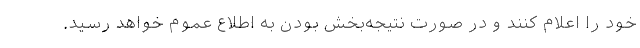
خود را اعلام کنند و در صورت نتیجه‌بخش بودن به اطلاع عموم خواهد رسید.